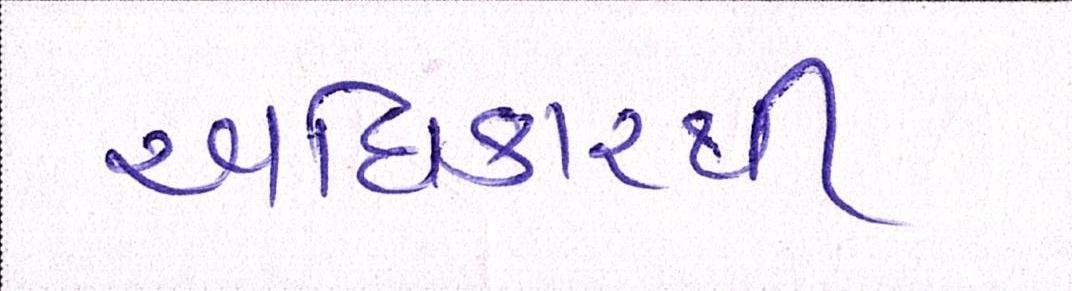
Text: અધિકારથી